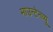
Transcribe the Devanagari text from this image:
माउन्टेनव्यू